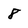
Character: 8